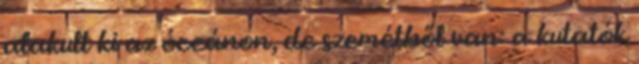
alakult ki az óceánon, de szemétből van: a kutatók